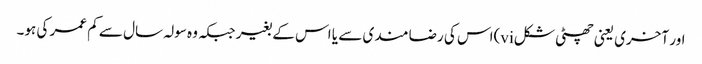
اور آخری یعنی چھٹی شکلvi)اس کی رضا مندی سے یا اس کے بغیر جبکہ وہ سولہ سال سے کم عمر کی ہو۔